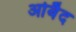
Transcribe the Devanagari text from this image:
ओबैद